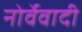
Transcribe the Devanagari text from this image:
नोर्वेवादी